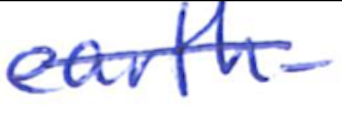
Text: earth-
Cross-out: single-line
Writing tool: ballpoint